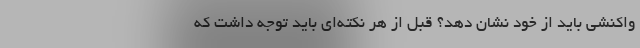
واکنشی باید از خود نشان دهد؟ قبل از هر نکته‌ای باید توجه داشت که